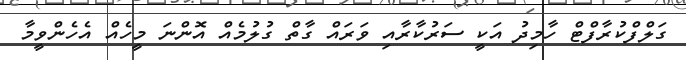
ގަލްފްކުރާފްޓް ހާމިދު އަކީ ސަރުކާރާއި ވަރައް ގާތް ގުލުމެއް އޮންނަ މީހެއް އެހެންވީމާ